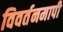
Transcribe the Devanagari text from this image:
विवर्तनमापी